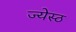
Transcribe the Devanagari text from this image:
ज्येस्ठ